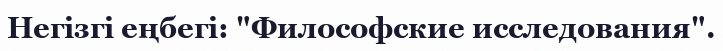
Негізгі еңбегі: "Философские исследования".